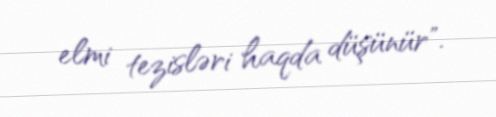
elmi tezisləri haqda düşünür".